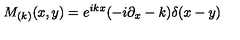
M _ { ( k ) } ( x , y ) = e ^ { i k x } ( - i \partial _ { x } - k ) \delta ( x - y )